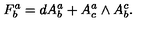
F _ { b } ^ { a } = d A _ { b } ^ { a } + A _ { c } ^ { a } \wedge A _ { b } ^ { c } .